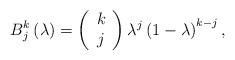
LaTeX: \begin{align*}B_{j}^{k}\left( \lambda \right) =\left( \begin{array}{c}k \\ j\end{array}\right) \lambda ^{j}\left( 1-\lambda \right) ^{k-j},\end{align*}